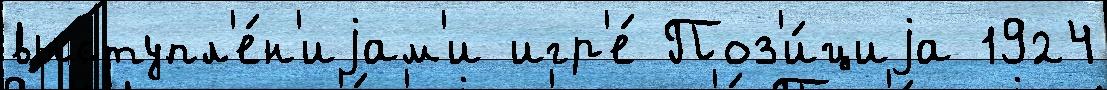
выступл'е́н'иjам'и игр'е́ Поз'и́циjа 1924